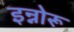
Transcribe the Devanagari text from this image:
इन्नोरू